Report of the Indian Hemp Drugs Commission, 1894-1895 - Volume II
Year: 1894
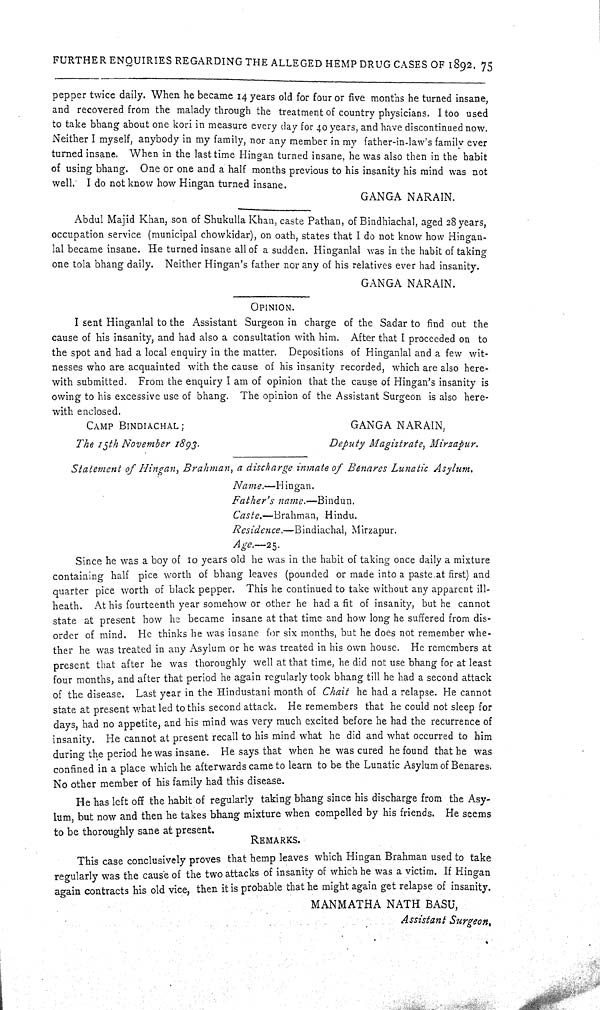
FURTHER ENQUIRIES REGARDING THE ALLEGED HEMP DRUG CASES OF 1892. 75
pepper twice daily. When he became 14 years old for four or five months he turned insane,
and recovered from the malady through the treatment of country physicians. I too used
to take bhang about one kori in measure every day for 40 years, and have discontinued now.
Neither I myself, anybody in my family, nor any member in my father-in-law's family ever
turned insane. When in the last time Hingan turned insane, he was also then in the habit
of using bhang. One or one and a half months previous to his insanity his mind was not
well. I do not know how Hingan turned insane.
GANGA NARAIN.
Abdul Majid Khan, son of Shukulla Khan, caste Pathan, of Bindhiachal, aged 28 years,
occupation service (municipal chowkidar), on oath, states that I do not know how Hingan-
lal became insane. He turned insane all of a sudden. Hinganlal was in the habit of taking
one tola bhang daily. Neither Hingan's father nor any of his relatives ever had insanity.
GANGA NARAIN.
OPINION.
I sent Hinganlal to the Assistant Surgeon in charge of the Sadar to find out the
cause of his insanity, and had also a consultation with him. After that I proceeded on to
the spot and had a local enquiry in the matter. Depositions of Hinganlal and a few wit-
nesses who are acquainted with the cause of his insanity recorded, which are also here-
with submitted. From the enquiry I am of opinion that the cause of Hingan's insanity is
owing to his excessive use of bhang. The opinion of the Assistant Surgeon is also here-
with enclosed.
CAMP BINDIACHAL;
GANGA NARAIN,
The 15th November 1893.
Deputy Magistrate, Mirzapur.
Statement of Hingan, Brahman, a discharge inmate of Benares Lunatic Asylum.
Name.—Hingan.
Father's name.—Bindun.
Caste.—Brahman, Hindu.
Residence.—Bindiachal, Mirzapur.
Age.—25.
Since he was a boy of 10 years old he was in the habit of taking once daily a mixture
containing half pice worth of bhang leaves (pounded or made into a paste at first) and
quarter pice worth of black pepper. This he continued to take without any apparent ill-
heath. At his fourteenth year somehow or other he had a fit of insanity, but he cannot
state at present how he became insane at that time and how long he suffered from dis-
order of mind. He thinks he was insane for six months, but he does not remember whe-
ther he was treated in any Asylum or he was treated in his own house. He remembers at
present that after he was thoroughly well at that time, he did not use bhang for at least
four months, and after that period he again regularly took bhang till he had a second attack
of the disease. Last year in the Hindustani month of Chait he had a relapse. He cannot
state at present what led to this second attack. He remembers that he could not sleep for
days, had no appetite, and his mind was very much excited before he had the recurrence of
insanity. He cannot at present recall to his mind what he did and what occurred to him
during the period he was insane. He says that when he was cured he found that he was
confined in a place which he afterwards came to learn to be the Lunatic Asylum of Benares.
No other member of his family had this disease.
He has left off the habit of regularly taking bhang since his discharge from the Asy-
lum, but now and then he takes bhang mixture when compelled by his friends. He seems
to be thoroughly sane at present.
REMARKS.
This case conclusively proves that hemp leaves which Hingan Brahman used to take
regularly was the cause of the two attacks of insanity of which he was a victim. If Hingan
again contracts his old vice, then it is probable that he might again get relapse of insanity.
MANMATHA NATH BASU,
Assistant Surgeon.